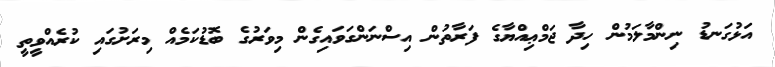
އަޅުގަނޑު ނިންމާލަމުން ހިދާ ޖަމްޢިއްޔާގެ ފަރާތުން އިސްނަންގަވައިގެން މިވަރުގެ ބޮޑުކަމެއް މިރަށުގައި ކުރެއްވީތީ